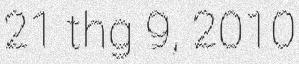
21 thg 9, 2010